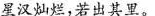
星汉灿烂，若出其里。